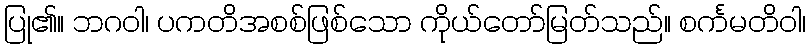
ပြု၏။ ဘဂဝါ၊ ပကတိအစစ်ဖြစ်သော ကိုယ်တော်မြတ်သည်။ စင်္ကမတိဝါ၊